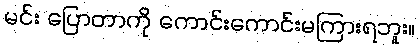
မင်း ပြောတာကို ကောင်းကောင်းမကြားရဘူး။